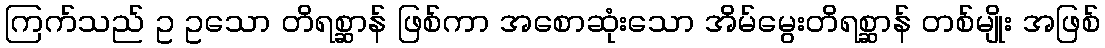
ကြက်သည် ဥ ဥသော တိရစ္ဆာန် ဖြစ်ကာ အစောဆုံးသော အိမ်မွေးတိရစ္ဆာန် တစ်မျိုး အဖြစ်